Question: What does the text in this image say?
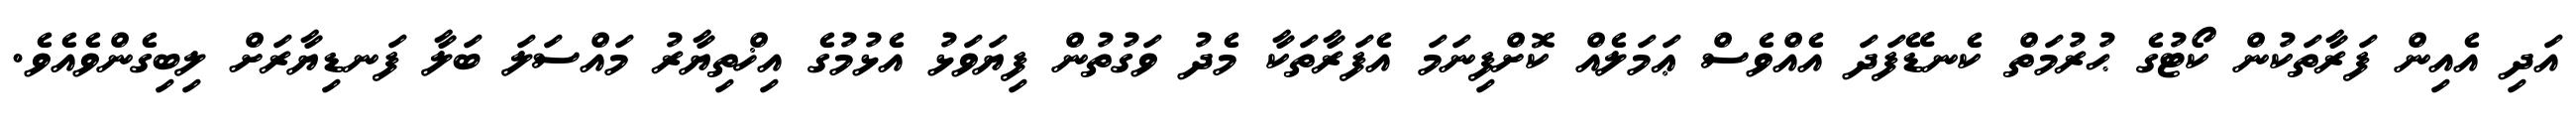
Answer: އަދި އެއިން ފަރާތަކުން ކޯޓުގެ ޙުރުމަތް ކެނޑޭފަދަ އެއްވެސް ޢަމަލެއް ކޮށްފިނަމަ އެފަރާތަކާ މެދު ވަގުތުން ފިޔަވަޅު އެޅުމުގެ އިޚްތިޔާރު މައްސަލަ ބަލާ ފަނޑިޔާރަށް ލިބިގެންވެއެވެ.